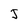
Character: J